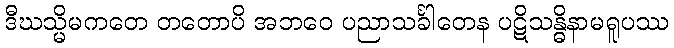
ဒီဃသ္မိမကတေ တတောပိ အဘဝေ ပညာသင်္ခါတေန ပဋိသန္ဓိနာမရူပဿ